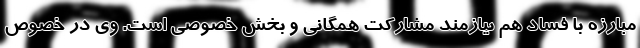
مبارزه با فساد هم نیازمند مشارکت همگانی و بخش خصوصی است. وی در خصوص